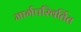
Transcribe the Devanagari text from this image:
मार्गपरिवर्तित